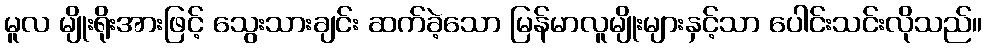
မူလ မျိုးရိုးအားဖြင့် သွေးသားချင်း ဆက်ခဲ့သော မြန်မာလူမျိုးများနှင့်သာ ပေါင်းသင်းလိုသည်။